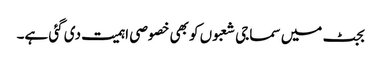
بجٹ میں سماجی شعبوں کو بھی خصوصی اہمیت دی گئی ہے۔